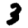
Digit: 3